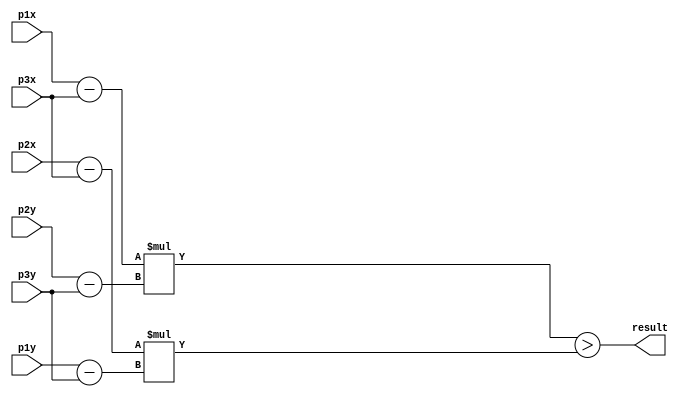
//A entrada  um arquivo contendo as coordenadas dos pontos de teste.
//Contm 5 triangulos salvos na memrio ROM.
//Para cada ponto de teste, todos os tringulos so testados.
//A sada  gravada em um arquivo mostrando 1 se o ponto testado esta dentro do tringulo e 0 se no estiver.


module calc(
    input [10:0] p1x,
    input [10:0] p1y,
    input [10:0] p2x,
    input [10:0] p2y,
    input [10:0] p3x,
    input [10:0] p3y,
    output result
);

//result = (((p1.x - p3.x)*(p2.y - p3.y)) - ((p2.x - p3.x)*(p1.y - p3.y)));

wire signed [11:0] s1;
wire signed [11:0] s2;
wire signed [11:0] s3;
wire signed [11:0] s4;
wire signed [23:0] m1;
wire signed [23:0] m2;

assign s1 = p1x - p3x;
assign s2 = p2y - p3y;
assign s3 = p2x - p3x;
assign s4 = p1y - p3y;
assign m1 = s1 * s2;
assign m2 = s3 * s4;
assign result = m1 > m2;

endmodule


module memory(
        input [2:0] address,
        input read,
		output [10:0] p1x,
        output [10:0] p1y,
		output [10:0] p2x,
        output [10:0] p2y,
		output [10:0] p3x,
        output [10:0] p3y
        );

reg [10:0] mem [5:0];

assign p1x = mem[0];
assign p1y = mem[1];
assign p2x = mem[2];
assign p2y = mem[3];
assign p3x = mem[4];
assign p3y = mem[5];

always @(read) begin
	if(read == 1)begin
		case(address)
		0: begin
            mem[0] <= 82;
            mem[1] <= 104;
            mem[2] <= 171;
            mem[3] <= 322;
            mem[4] <= 321;
            mem[5] <= 69;
		end
		1: begin
            mem[0] <= 80;
            mem[1] <= 470;
            mem[2] <= 80;
            mem[3] <= 352;
            mem[4] <= 242;
            mem[5] <= 352;
		end
		2: begin
            mem[0] <= 301;
            mem[1] <= 458;
            mem[2] <= 480;
            mem[3] <= 458;
            mem[4] <= 389;
            mem[5] <= 344;
		end
		3: begin
            mem[0] <= 290;
            mem[1] <= 259;
            mem[2] <= 413;
            mem[3] <= 289;
            mem[4] <= 364;
            mem[5] <= 166;
		end
		4: begin
            mem[0] <= 612;
            mem[1] <= 227;
            mem[2] <= 493;
            mem[3] <= 241;
            mem[4] <= 442;
            mem[5] <= 76;
		end
        endcase
	end
end

endmodule


module trabalho6;

integer points;
integer out;
integer scan_points;

reg clk = 0;
reg endPoints = 0;
reg read = 0;
reg readP = 0;
reg [2:0] count = 0;
reg [2:0] address = 0;

reg [10:0] p1x;
reg [10:0] p1y;
reg [10:0] p2x;
reg [10:0] p2y;
reg [10:0] p3x;
reg [10:0] p3y;
reg [10:0] Px;
reg [10:0] Py;

wire [10:0] Wp1x;
wire [10:0] Wp1y;
wire [10:0] Wp2x;
wire [10:0] Wp2y;
wire [10:0] Wp3x;
wire [10:0] Wp3y;


memory ROM(address, read, Wp1x, Wp1y, Wp2x, Wp2y, Wp3x, Wp3y);

wire s1, s2, s3, t1, result;

calc S1(p1x, p1y, p2x, p2y, p3x, p3y, t1);
calc S2(p1x, p1y, p2x, p2y, Px, Py, s1);
calc S3(p2x, p2y, p3x, p3y, Px, Py, s2);
calc S4(p3x, p3y, p1x, p1y, Px, Py, s3);

assign result = (t1 == s1 && s1 == s2 && s2 == s3);

initial begin
    points = $fopen("TestPoints.txt", "r");
	out = $fopen("VerilogOut.txt", "w");

    if (points == 0 || out == 0) begin
        $display("Falha ao abrir arquivo");
        $finish;
    end
end


always #1 clk = ~clk;


always @(posedge clk) begin

	if (endPoints == 1) begin
		$finish;
	end
	else count <= count + 1;

	case(count)
		1: begin
			readP <= 1;
		end
		2: begin
			readP <= 0;
			read <= 1;
		end
		3: begin
			read <= 0;
			p1x <= Wp1x;
			p1y <= Wp1y;
			p2x <= Wp2x;
			p2y <= Wp2y;
			p3x <= Wp3x;
			p3y <= Wp3y;
		end
		4: begin
			$display("Resultado = %d\n", result);
			$fwrite(out, "%d\n", result);
			address <= address + 1;
		end
		5: begin
			if(address == 5) begin
				address <= 0;
				count <= 1;
			end
			else count <= 2;
		end
	endcase
end


always @(posedge readP) begin
	if(readP == 1)begin
		if (!$feof(points)) scan_points = $fscanf(points, "%d %d\n", Px, Py);
		else begin
			endPoints <= 1;
		end
	end
end

endmodule